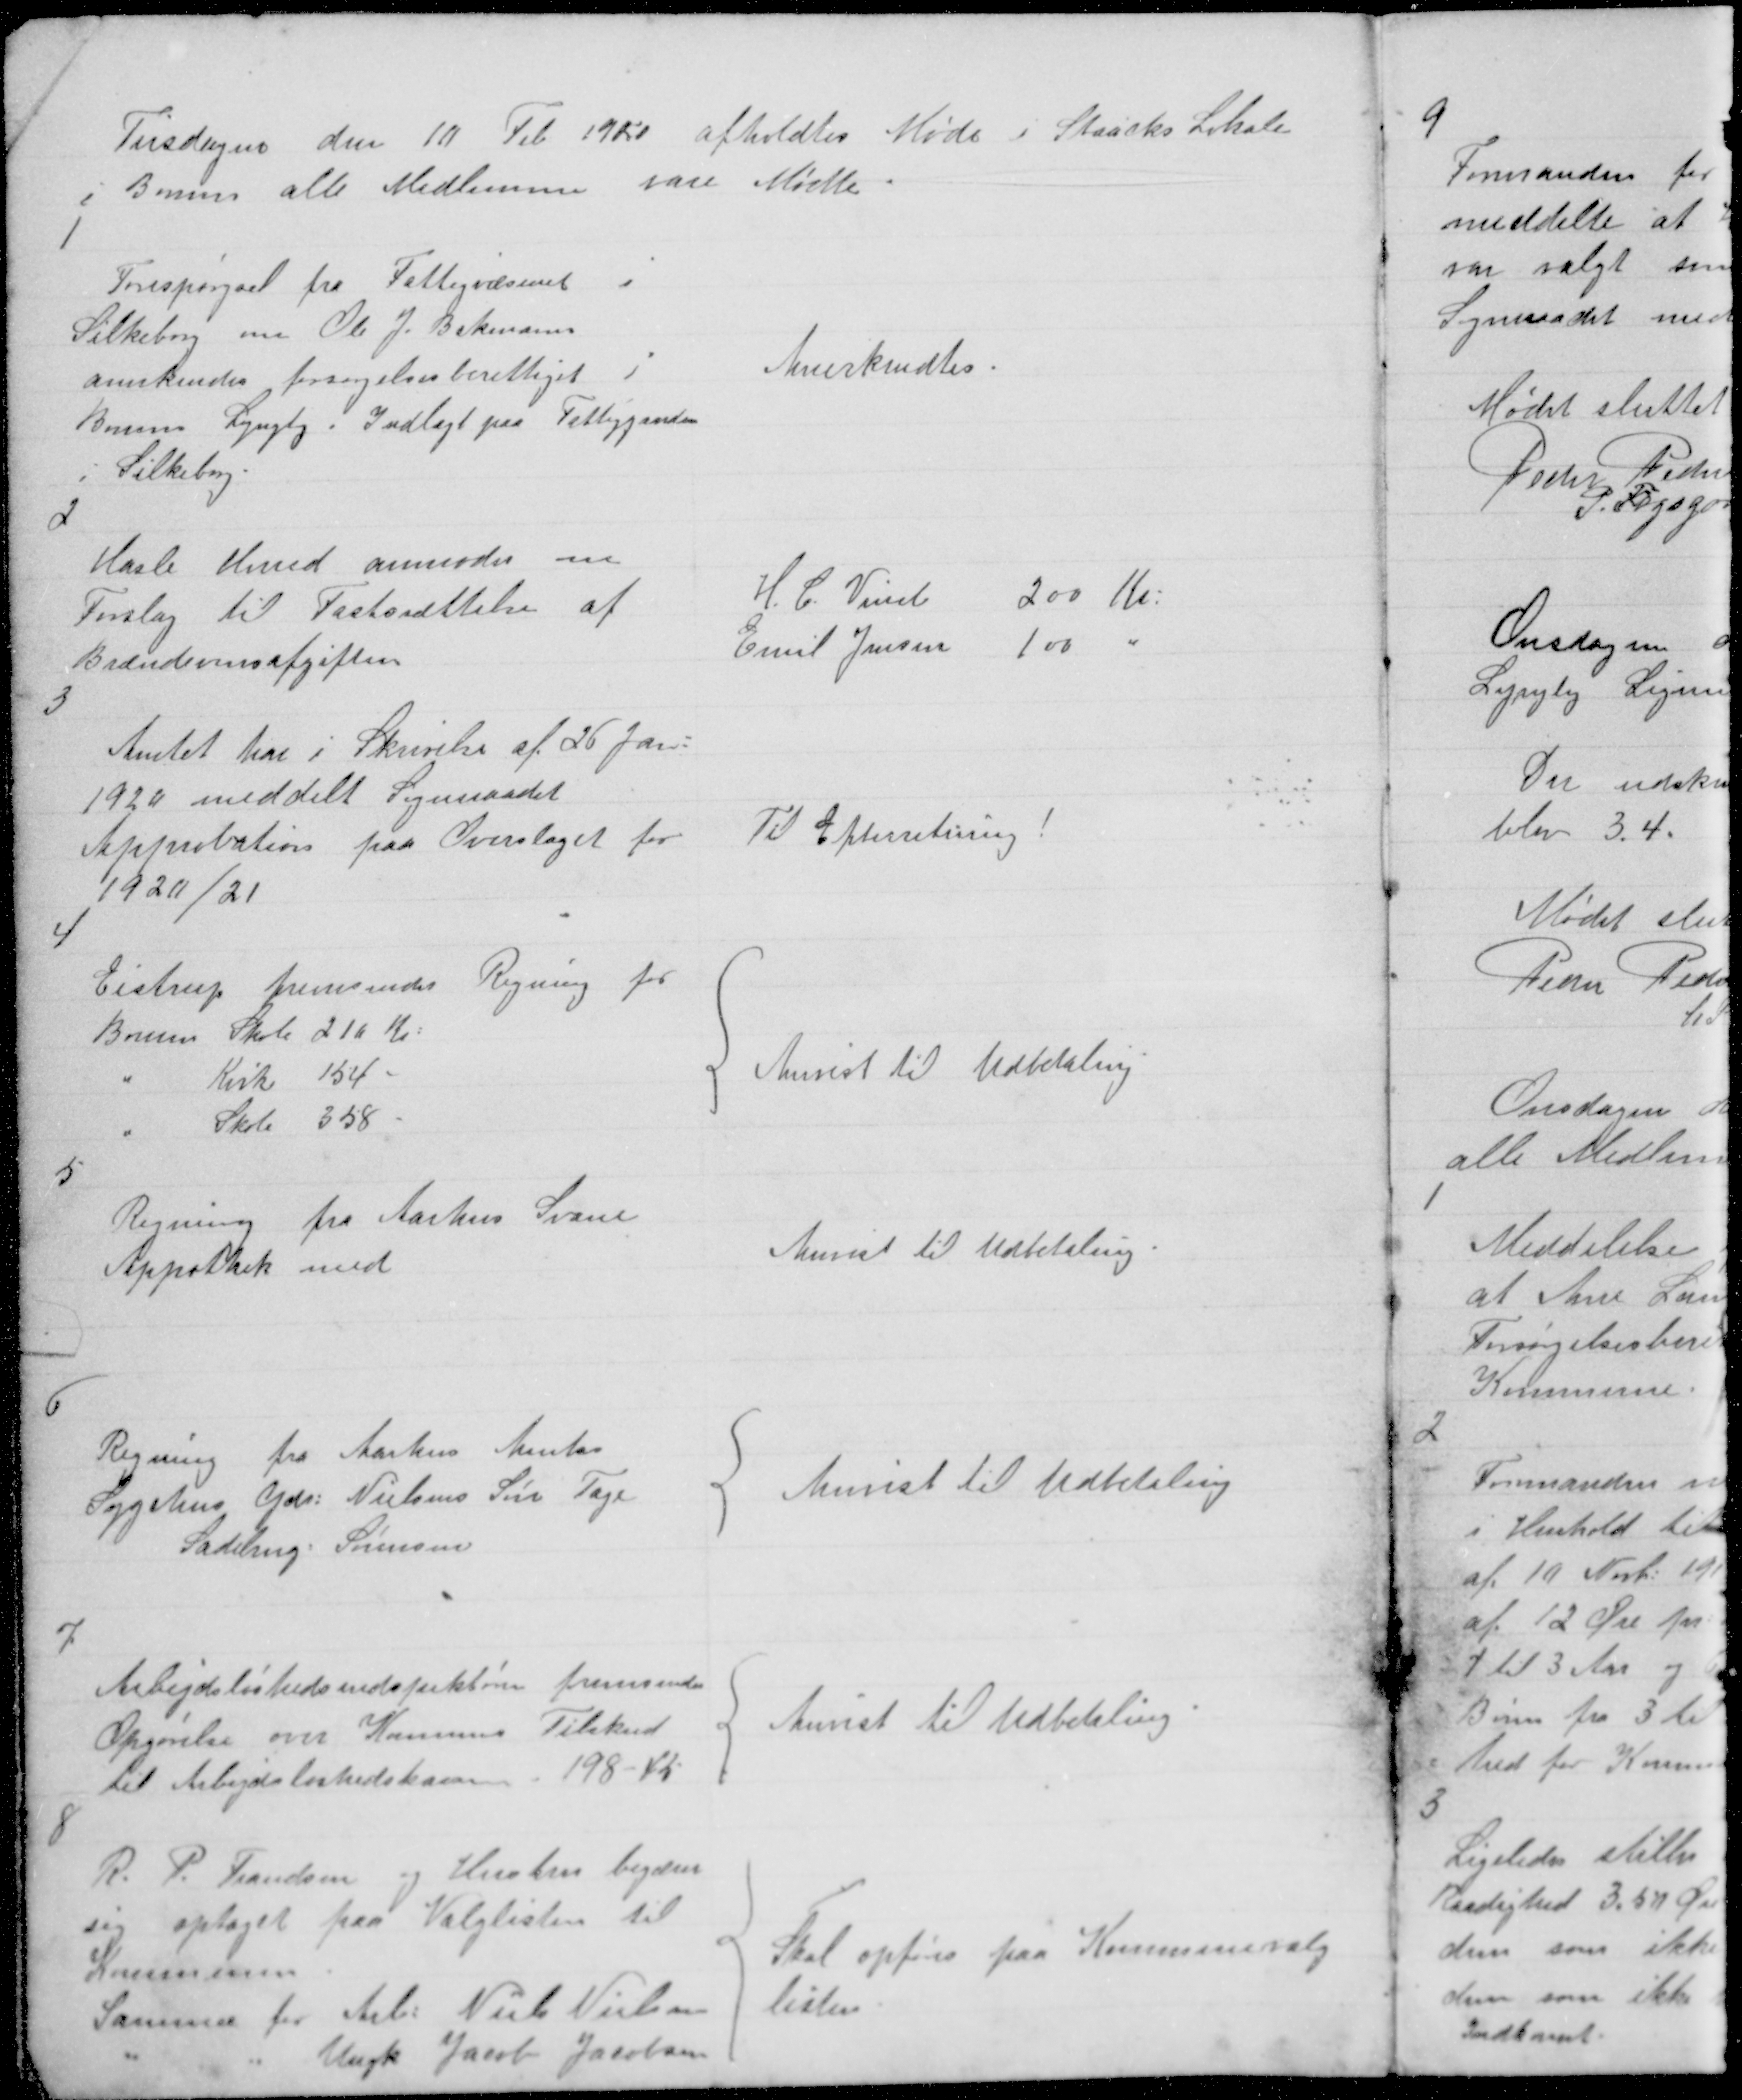
Transskription:
Tirsdagen den 10 Feb 1920 afholdtes Møde i Staacks Lokale
i Borum alle Medlemme vare Mødte.

1

Forespørgsel fra Fattigvæsenet i
Silkeborg om Ole J Bekmann
anerkendes forsørgelsesberettiget i
Borum Lyngby. Indlagt paa Fattiggaarden
i Silkeborg.

Anerkendtes.

2

Hasle Herred anmoder om
Forslag til Fastsættelse af
Brændevinsafgiften

H. C. Vind
200 Kr:
Emil Jensen
100
"

3

Amtet har i Skrivelse af 26 Jan:
1920 meddelt Sogneraadet
Approbation paa Overslaget for
1920/21

Til Efterretning!

4

Eistrup fremsender Regning for
Borum Skole 210 Kr:
"
Kirke 154 "
"
Skole 358 "

Anvist til Udbetaling

5

Regning fra Aarhus Svane
Appothek med

Anvist til Udbetaling.

6

Regning fra Aarhus Amts
Sygehus Gdr: Nielsens Søn Tage
Sadelmg: Sørensen

Anvist til Udbetaling

7

Arbejdsløshedsindspektøren fremsender
Opgørelse over Kommun Tilskud
til Arbejdsløshedskassen = 198 - 45

Anvist til Udbetaling

8

R. P. Frandsen og Hustru begærer
sig optaget paa Valglisten til
Kommunen
Samme for Arb: Niels Nielsen
"
"
Ungk Jacob Jacobsen

Skal opføres paa Kommunevalg
listen.